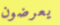
يعرضون